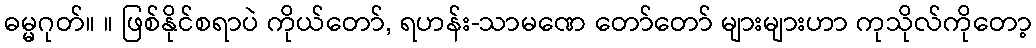
ဓမ္မဂုတ်။ ။ ဖြစ်နိုင်စရာပဲ ကိုယ်တော်, ရဟန်း-သာမဏေ တော်တော် များများဟာ ကုသိုလ်ကိုတော့